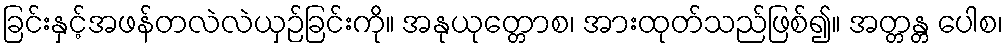
ခြင်းနှင့်အဖန်တလဲလဲယှဉ်ခြင်းကို။ အနုယုတ္တောစ၊ အားထုတ်သည်ဖြစ်၍။ အတ္တန္တ ပေါစ၊